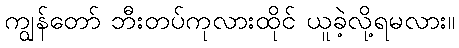
ကျွန်တော် ဘီးတပ်ကုလားထိုင် ယူခဲ့လို့ရမလား။